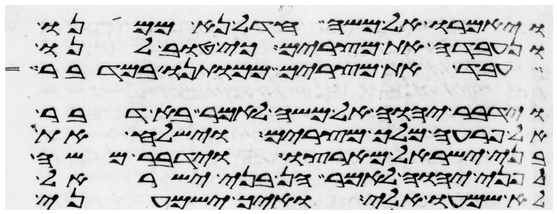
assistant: ויאמרו אל משה חדל נא ממנו
ונעבדה את מצרים כי טוב לנו
עבד את מצרים ממותנו במדבר
וידבר יהוה אל משה לאמר בא דבר
אל פרעה מלך מצרים וישלח את
בני ישראל מארצו וידבר משה
לפני יהוה לאמר הן בני ישראל
לא שמעו אלי ואיך ישמעני